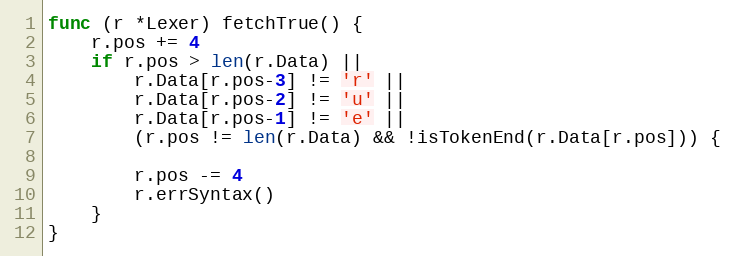
Language: Go
func (r *Lexer) fetchTrue() {
	r.pos += 4
	if r.pos > len(r.Data) ||
		r.Data[r.pos-3] != 'r' ||
		r.Data[r.pos-2] != 'u' ||
		r.Data[r.pos-1] != 'e' ||
		(r.pos != len(r.Data) && !isTokenEnd(r.Data[r.pos])) {

		r.pos -= 4
		r.errSyntax()
	}
}